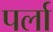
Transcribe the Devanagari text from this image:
पर्ला